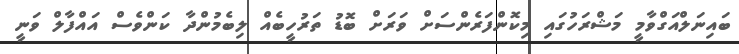
ބައިނަލްއަގްވާމީ މަޝްރަހުގައި މިކޮންފަރެންސަށް ވަރަށް ބޮޑު ތަރުހީބެއް ލިބެމުންދާ ކަންވެސް އައްފާލް ވަނީ